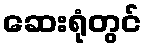
ဆေးရုံတွင်